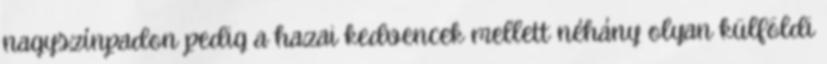
nagyszínpadon pedig a hazai kedvencek mellett néhány olyan külföldi